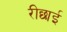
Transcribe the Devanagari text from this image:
रीछाई